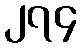
၂၇၄